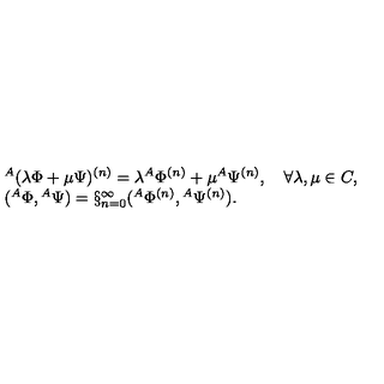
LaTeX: \begin{array} { l } { { } ^ { A } ( \lambda \Phi + \mu \Psi ) ^ { ( n ) } = \lambda { } ^ { A } \Phi ^ { ( n ) } + \mu { } ^ { A } \Psi ^ { ( n ) } , \quad \forall \lambda , \mu \in C , } \\ { ( { } ^ { A } \Phi , { } ^ { A } \Psi ) = \S _ { n = 0 } ^ { \infty } ( { } ^ { A } \Phi ^ { ( n ) } , { } ^ { A } \Psi ^ { ( n ) } ) . } \\ \end{array}